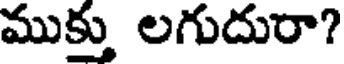
ముక్తు లగుదురా?